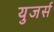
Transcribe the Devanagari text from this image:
युजर्स